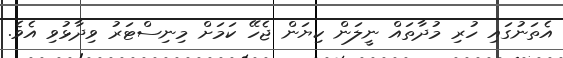
އެތަނުގައި ހުރި މުދާތައް ނީލަން ކިޔަން ޖެހޭ ކަމަށް މިނިސްޓަރު ވިދާޅުވި އެވެ.